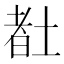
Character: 𡎉